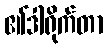
၏ဒါရိုက်တာ